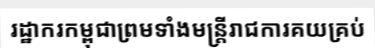
រដ្ឋាករកម្ពុជាព្រមទាំងមន្ត្រីរាជការគយគ្រប់